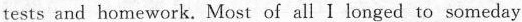
tests and homework. Most of all I longed to someday